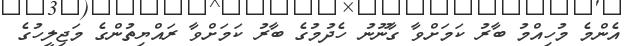
އެންމެ މުހިއްމު ބާރު ކަމަށްވާ ގާނޫނު ހެދުމުގެ ބާރު ކަމަށްވާ ރައްޔިތުންގެ މަޖިލީހުގެ